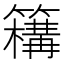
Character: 𥵡